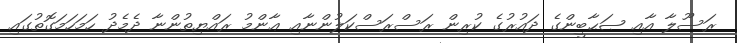
ރަސޫލާ އާއި ޞަޙާބީންގެ ދައުރުގެ ކުރިން ރަސްރަސްކަލުންނާއި ޢާންމު ރައްޔިތުންނާ ދެމެދު ހަމަހަމަގޮތުގައި